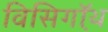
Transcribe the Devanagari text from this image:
विसिगॉथ़